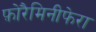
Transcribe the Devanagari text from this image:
फ़ोरैमिनीफेरा